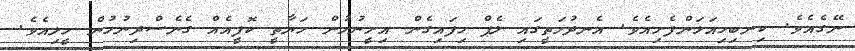
ނޭގެއެވެ. ކިނބިހިއަޅަންފެށިއެވެ. އެނދުމަތީގައި ލެޕް ހިފައިގެން އިށީނުމުން ހަޔާތީ ކޮފީއެއް ގެނެސްދިނުމުން ހީލިއެވެ.